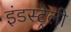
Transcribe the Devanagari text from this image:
इंडस्ट्रेली